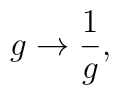
g \rightarrow \frac {1}{g},